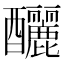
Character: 釃